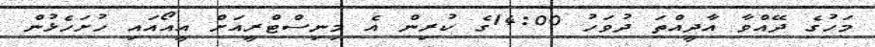
މަހުގެ ދޭއްވާ އާދީއްތަ ދުވަހު 14:00ގެ ކުރިން އެ މިނިސްޓްރީއަށް އީއޯއައި ހުށަހެޅުން